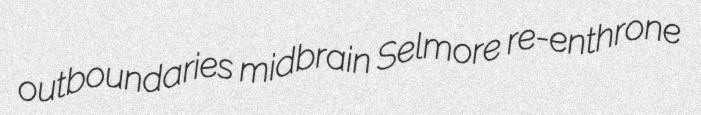
outboundaries midbrain Selmore re-enthrone